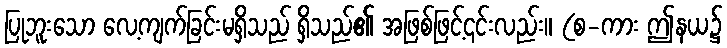
ပြုဘူးသော လေ့ကျက်ခြင်းမရှိသည် ရှိသည်၏ အဖြစ်ဖြင့်၎င်းလည်း။ (စ-ကား ဤနယ၌